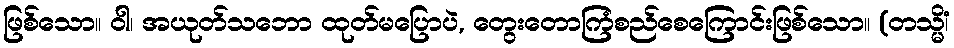
ဖြစ်သော။ ဝါ၊ အယုတ်သဘော ထုတ်မပြောပဲ, တွေးတောကြံစည်စေကြောင်းဖြစ်သော။ (တသ္မိံ၊